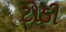
ટોડી